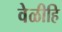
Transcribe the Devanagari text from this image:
वेळीहि